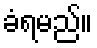
ခံရမည်။